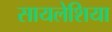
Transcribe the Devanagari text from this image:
सायलेशिया